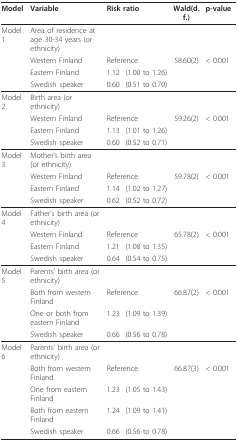
| Model | Variable | <COLSPAN=2> Risk ratio | Wald(d.f.) | p-value |
 | --- | --- | --- | --- | --- | --- |
 | Model 1 | Area of residence at age 30-34 years (or ethnicity) |  |  |  |  |
 |  | Western Finland | <COLSPAN=2> Reference | 58.60(2) | < 0.001 |
 |  | Eastern Finland | 1.12 | (1.00 to 1.26) |  |  |
 |  | Swedish speaker | 0.60 | (0.51 to 0.70) |  |  |
 | Model 2 | Birth area (or ethnicity) |  |  |  |  |
 |  | Western Finland | <COLSPAN=2> Reference | 59.26(2) | < 0.001 |
 |  | Eastern Finland | 1.13 | (1.01 to 1.26) |  |  |
 |  | Swedish speaker | 0.60 | (0.52 to 0.71) |  |  |
 | Model 3 | Mother's birth area (or ethnicity) |  |  |  |  |
 |  | Western Finland | <COLSPAN=2> Reference | 59.78(2) | < 0.001 |
 |  | Eastern Finland | 1.14 | (1.02 to 1.27) |  |  |
 |  | Swedish speaker | 0.62 | (0.52 to 0.72) |  |  |
 | Model 4 | Father's birth area (or ethnicity) |  |  |  |  |
 |  | Western Finland | <COLSPAN=2> Reference | 65.78(2) | < 0.001 |
 |  | Eastern Finland | 1.21 | (1.08 to 1.35) |  |  |
 |  | Swedish speaker | 0.64 | (0.54 to 0.75) |  |  |
 | Model 5 | Parents' birth area (or ethnicity) |  |  |  |  |
 |  | Both from western Finland | <COLSPAN=2> Reference | 66.87(2) | < 0.001 |
 |  | One or both from eastern Finland | 1.23 | (1.09 to 1.39) |  |  |
 |  | Swedish speaker | 0.66 | (0.56 to 0.78) |  |  |
 | Model 6 | Parents' birth area (or ethnicity) |  |  |  |  |
 |  | Both from western Finland | <COLSPAN=2> Reference | 66.87(3) | < 0.001 |
 |  | One from eastern Finland | 1.23 | (1.05 to 1.43) |  |  |
 |  | Both from eastern Finland | 1.24 | (1.09 to 1.41) |  |  |
 |  | Swedish speaker | 0.66 | (0.56 to 0.78) |  |  |